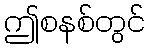
ဤစနစ်တွင်